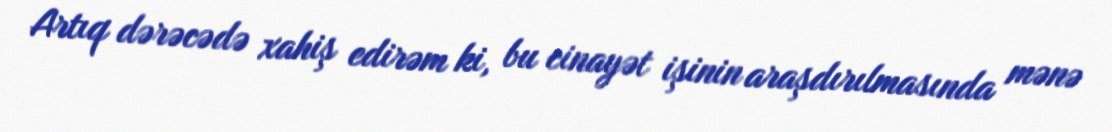
Artıq dərəcədə xahiş edirəm ki, bu cinayət işinin araşdırılmasında mənə